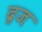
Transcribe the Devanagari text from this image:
द्रज